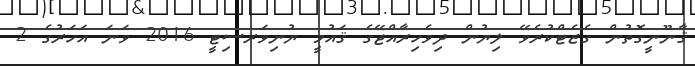
ޤާނޫނީގޮތުން ގެޒެޓްކުރެވޭ ލިޔުން ދިވެހިރާއްޖޭގެ ޤައުމީ ޔުނިވަރސިޓީ 2016 ވަނަ އަހަރުގެ 2